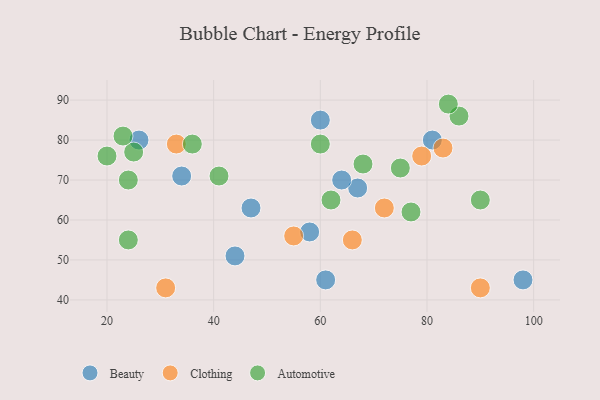
{"axis": {"x": "GDP", "y": "Life Expectancy"}, "legend": ["Automotive", "Beauty", "Clothing"], "data": [{"x": "44", "y": 51, "type": "Beauty"}, {"x": "67", "y": 68, "type": "Beauty"}, {"x": "64", "y": 70, "type": "Beauty"}, {"x": "81", "y": 80, "type": "Beauty"}, {"x": "98", "y": 45, "type": "Beauty"}, {"x": "34", "y": 71, "type": "Beauty"}, {"x": "26", "y": 80, "type": "Beauty"}, {"x": "61", "y": 45, "type": "Beauty"}, {"x": "58", "y": 57, "type": "Beauty"}, {"x": "60", "y": 85, "type": "Beauty"}, {"x": "47", "y": 63, "type": "Beauty"}, {"x": "33", "y": 79, "type": "Clothing"}, {"x": "72", "y": 63, "type": "Clothing"}, {"x": "90", "y": 43, "type": "Clothing"}, {"x": "31", "y": 43, "type": "Clothing"}, {"x": "55", "y": 56, "type": "Clothing"}, {"x": "79", "y": 76, "type": "Clothing"}, {"x": "66", "y": 55, "type": "Clothing"}, {"x": "83", "y": 78, "type": "Clothing"}, {"x": "90", "y": 65, "type": "Automotive"}, {"x": "75", "y": 73, "type": "Automotive"}, {"x": "24", "y": 70, "type": "Automotive"}, {"x": "25", "y": 77, "type": "Automotive"}, {"x": "60", "y": 79, "type": "Automotive"}, {"x": "36", "y": 79, "type": "Automotive"}, {"x": "20", "y": 76, "type": "Automotive"}, {"x": "86", "y": 86, "type": "Automotive"}, {"x": "68", "y": 74, "type": "Automotive"}, {"x": "77", "y": 62, "type": "Automotive"}, {"x": "23", "y": 81, "type": "Automotive"}, {"x": "41", "y": 71, "type": "Automotive"}, {"x": "84", "y": 89, "type": "Automotive"}, {"x": "24", "y": 55, "type": "Automotive"}, {"x": "62", "y": 65, "type": "Automotive"}]}